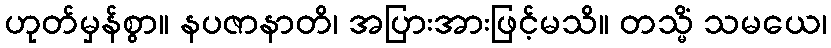
ဟုတ်မှန်စွာ။ နပဇာနာတိ၊ အပြားအားဖြင့်မသိ။ တသ္မိံ သမယေ၊